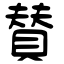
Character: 賛